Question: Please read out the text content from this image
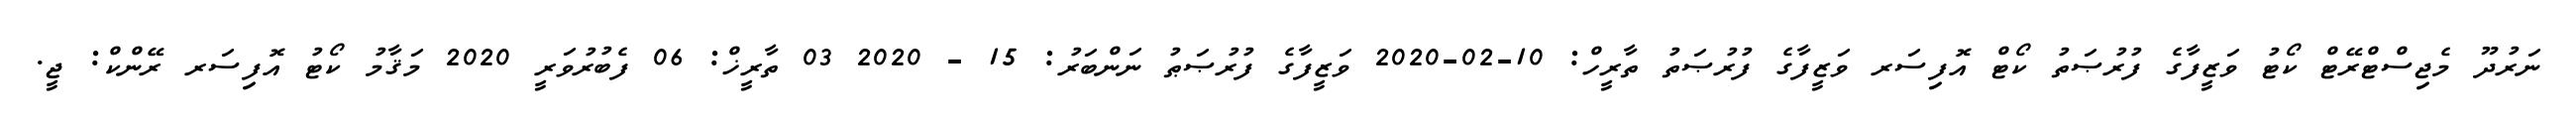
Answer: ނަރުދޫ މެޖިސްޓްރޭޓް ކޯޓު ވަޒީފާގެ ފުރުޞަތު ކޯޓް އޮފިސަރ ވަޒީފާގެ ފުރުޞަތު ތާރީހް: 10-02-2020 ވަޒީފާގެ ފުރުޞަޠު ނަންބަރު: 15 - 2020 03 ތާރީޚް: 06 ފެބުރުވަރީ 2020 މަޤާމު ކޯޓު އޮފިސަރ ރޭންކް: ޖީ.